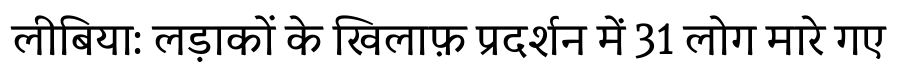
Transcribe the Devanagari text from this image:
लीबिया: लड़ाकों के खिलाफ़ प्रदर्शन में 31 लोग मारे गए